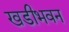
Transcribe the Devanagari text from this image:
खडीभवन